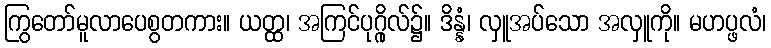
ကြွတော်မူလာပေစွတကား။ ယတ္ထ၊ အကြင်ပုဂ္ဂိုလ်၌။ ဒိန္နံ၊ လှူအပ်သော အလှူကို။ မဟပ္ဖလံ၊